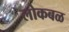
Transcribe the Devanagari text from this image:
लोकबळ